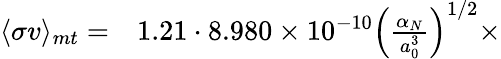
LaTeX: \begin{array}{rl}{\langle\sigma v\rangle_{mt}=}&{{}1.21\cdot 8.980\times 10^{-10}\left(\frac{\alpha_{N}}{a_{0}^{3}}\right)^{1/2}\times}\end{array}